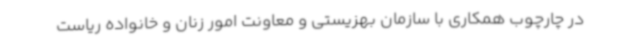
در چارچوب همکاری با سازمان بهزیستی و معاونت امور زنان و خانواده ریاست